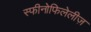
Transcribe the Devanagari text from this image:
स्फीनोफिलेलीज़